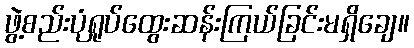
ဖွဲ့စည်းပုံရှုပ်ထွေးဆန်းကြယ်ခြင်းမရှိချေ။